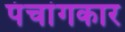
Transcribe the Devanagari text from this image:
पंचांगकार